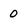
Character: 0